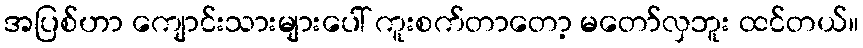
အပြစ်ဟာ ကျောင်းသားများပေါ် ကူးစက်တာတော့ မတော်လှဘူး ထင်တယ်။